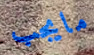
مايجب